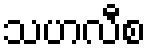
သဟလီစ